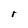
Character: r